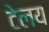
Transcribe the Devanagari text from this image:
टेलय